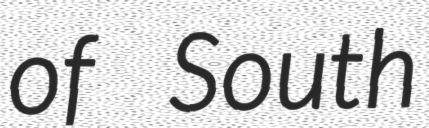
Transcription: of South